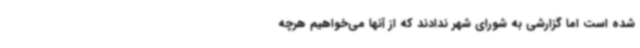
شده است اما گزارشی به شورای شهر ندادند که از آنها می‌خواهیم هرچه